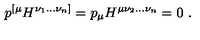
p ^ { [ \mu } H ^ { \nu _ { 1 } . . . \nu _ { n } ] } = p _ { \mu } H ^ { \mu \nu _ { 2 } . . . \nu _ { n } } = 0 \ .